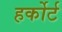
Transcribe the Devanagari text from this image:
हर्कोर्ट